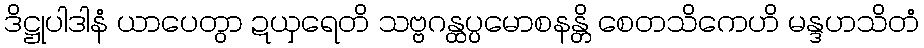
ဒိဋ္ဌုပါဒါနံ ယာပေတွာ ဍယှရေတိ သဗ္ဗဂန္ထပ္ပမောစနန္တိ စေတသိကေဟိ မန္ဒဟသိတံ